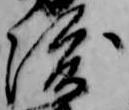
渡